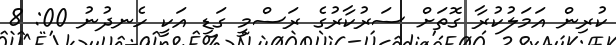
ކުރިން އަމަލުކުރާ ގޮތަށް ސަރުކާރުގެ ރަސްމީ ގަޑި އަކީ ހެނދުނު 00: 8